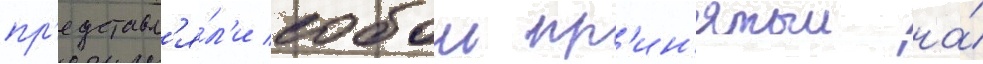
пр'едставл'я́л'и собои пр'ин'ятыи на́